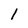
Character: l